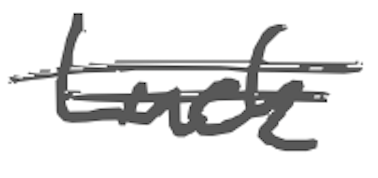
Text: Luck
Cross-out: double-line
Writing tool: digital_gray